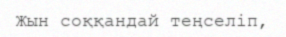
Жын соққандай теңселіп,